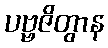
ပဗ္ဗဇိတွာန